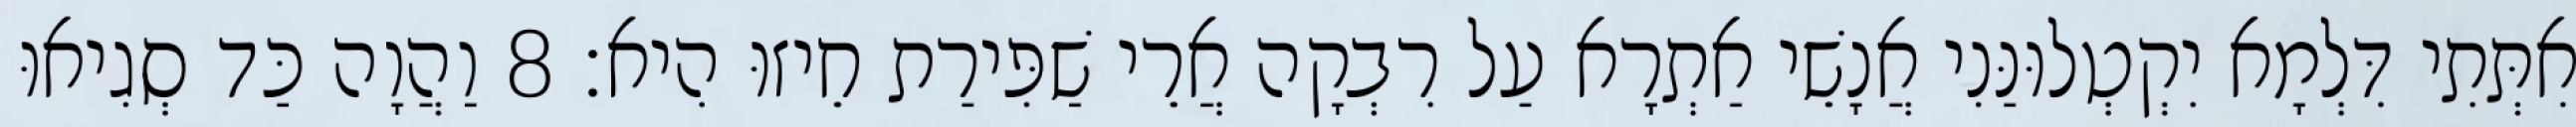
אִתְּתִי דִּלְמָא יִקְטְלוּנַּנִי אֲנָשֵׁי אַתְרָא עַל רִבְקָה אֲרֵי שַׁפִּירַת חֵיזוּ הִיא׃ 8 וַהֲוָה כַּד סְגִיאוּ